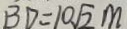
B D = 1 0 \sqrt { 2 } m